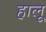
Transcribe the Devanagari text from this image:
हालू